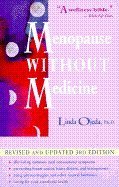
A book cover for Menopause without Medicine: Revisd 4th Edition; Ph.D. Linda Ojeda; Health, Fitness & Dieting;